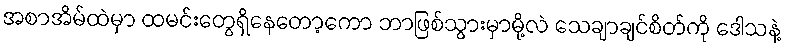
အစာအိမ်ထဲမှာ ထမင်းတွေရှိနေတော့ကော ဘာဖြစ်သွားမှာမို့လဲ သေချာချင်စိတ်ကို ဒေါသနဲ့